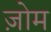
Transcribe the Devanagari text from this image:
ज़ोम